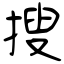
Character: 搜